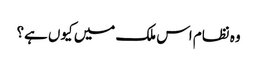
وہ نظام اس ملک میں کیوں ہے؟